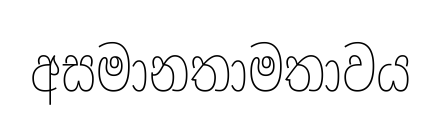
අසමානතාමතාවය